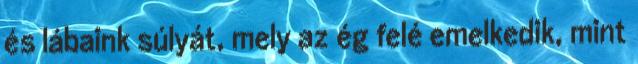
és lábaink súlyát, mely az ég felé emelkedik, mint